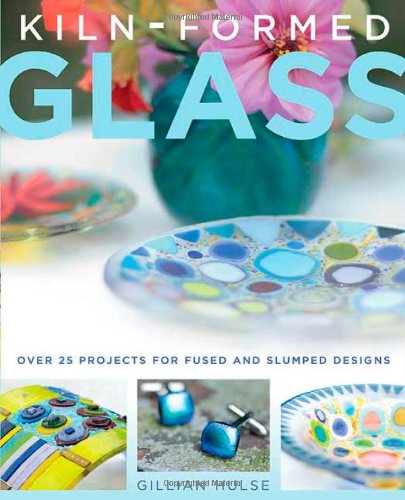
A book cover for Kiln-Formed Glass: Over 25 Projects for Fused and Slumped Designs; Gillian Hulse; Crafts, Hobbies & Home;